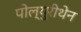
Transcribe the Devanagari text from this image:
पोल्युरीथेन